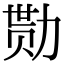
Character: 勚